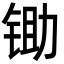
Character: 锄